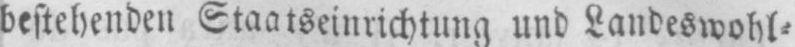
bestehenden Staatseinrichtung und Landeswohl⸗